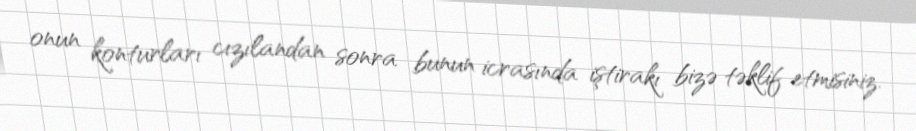
onun konturları cızılandan sonra bunun icrasında iştirakı bizə təklif etmisiniz.